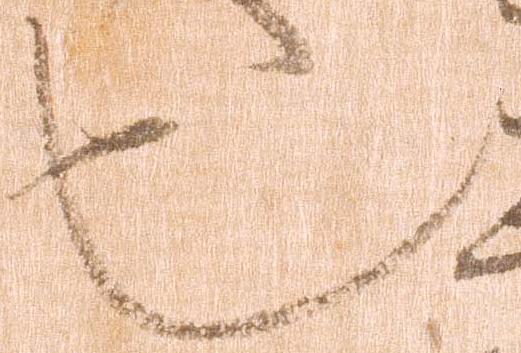
也